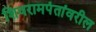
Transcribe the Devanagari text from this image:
शिवरामपंतांवरील